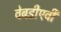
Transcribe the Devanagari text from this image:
वेबडीएवी